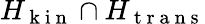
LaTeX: H_{\mathrm{~k~i~n~}}\cap H_{\mathrm{~t~r~a~n~s~}}